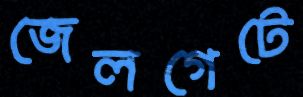
জেলগেটে